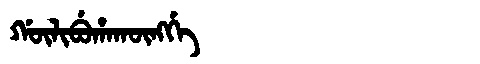
Manchu: ᡤᡡᠯᡳᠪᡠᡥᠠᡴᡡᠩᡤᡝ
Romanization: GŪLIBUHAKŪNGGE